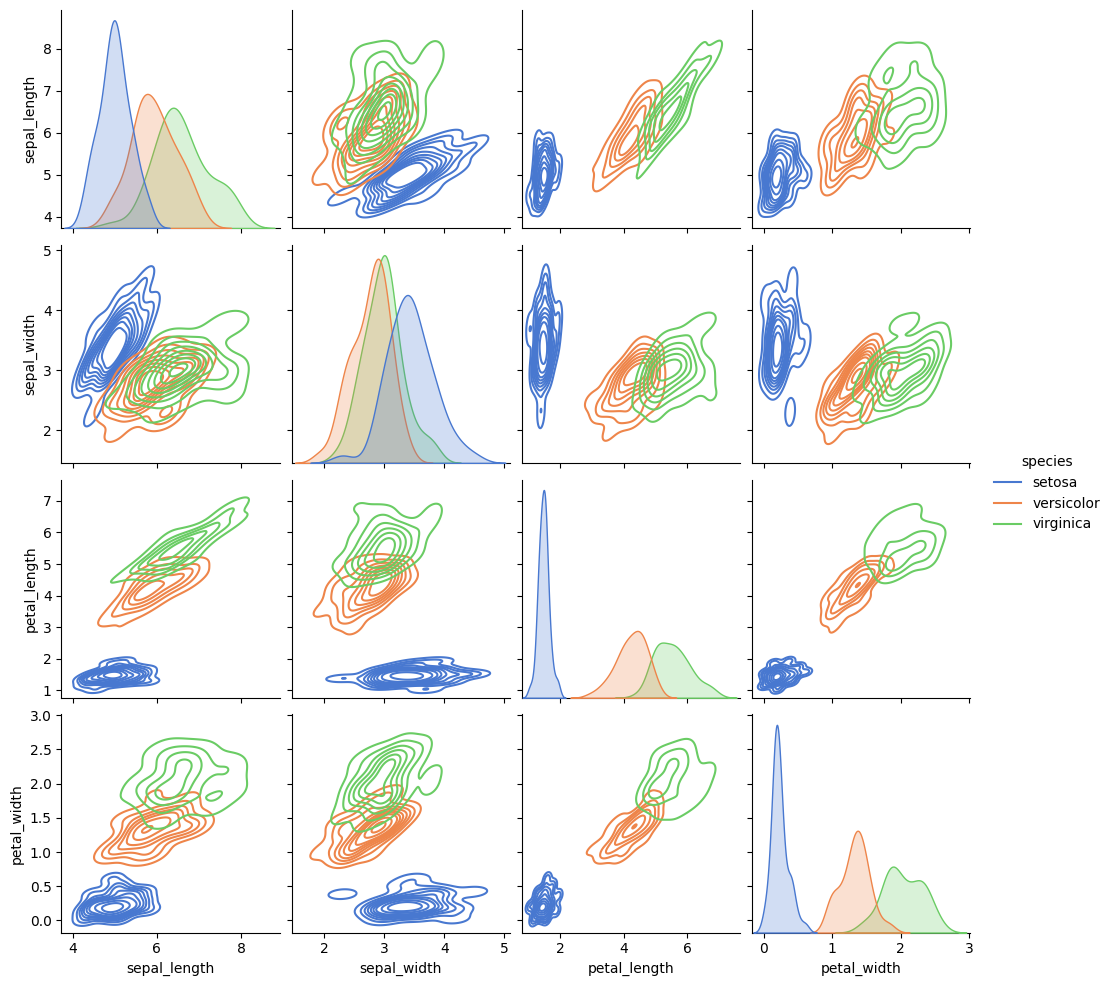
python, seaborn, pairplot, palette='muted', markers=['o'], kind='kde', diag_kind='auto'